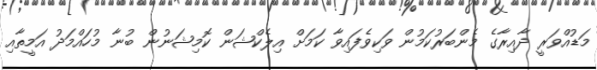
މަޑުއްވަރީ ދާއިރާގެ މެންބަރުކަމުން ވަކިވެފައިވާ ކަމަށް އިލެކްޝަން ކޮމިޝަނުން ބުނާ މުހައްމަދު އަމީތާއި